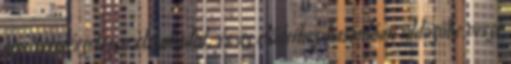
ami természetesen elszabadul, és az elődeihez hasonlóan üldözőbe veszi